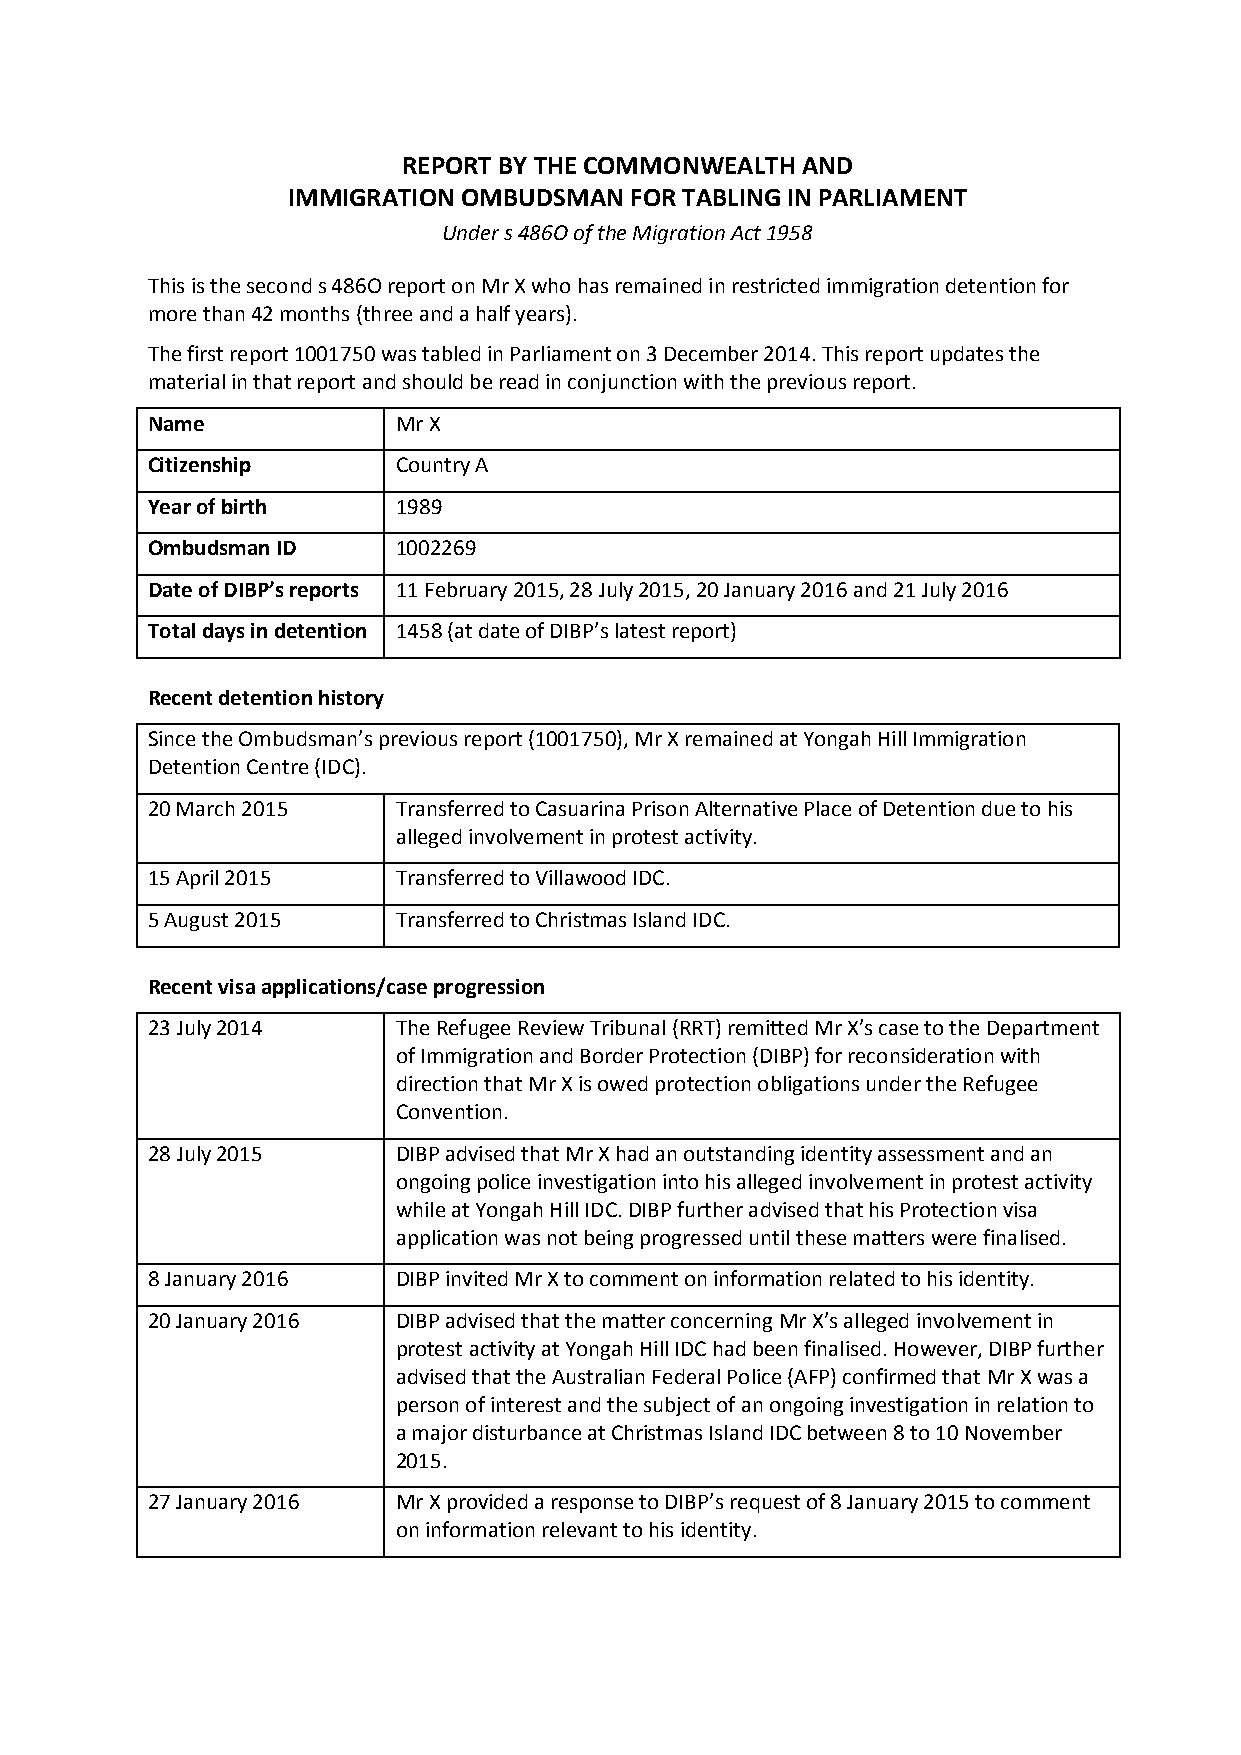
REPORT BY THE COMMONWEALTH AND
 IMMIGRATION OMBUDSMAN  FOR TABLING IN PARLIAMENT
 Under s 486O of the Migration Act 1958
 This is the second s 486O report on Mr X who has remained in restricted immigration detention for
 more than 42 months (three and a half years).
 The first report 1001750 was tabled in Parliament on 3 December 2014. This report updates the
 material in that report and should be read in conjunction with the previous report.
 Name            Mr X
 Citizenship     Country A
 Year of birth   1989
 Ombudsman ID    1002269
 Date of DIBP’s reports 11 February 2015, 28 July 2015, 20 January 2016 and 21 July 2016
 Total days in detention 1458 (at date of DIBP’s latest report)
 Recent detention history
 Since the Ombudsman’s previous report (1001750), Mr X remained at Yongah Hill Immigration
 Detention Centre (IDC).
 20 March 2015   Transferred to Casuarina Prison Alternative Place of Detention due to his
 alleged involvement in protest activity.
 15 April 2015   Transferred to Villawood IDC.
 5 August 2015   Transferred to Christmas Island IDC.
 Recent visa applications/case progression
 23 July 2014    The Refugee Review Tribunal (RRT) remitted Mr X’s case to the Department
 of Immigration and Border Protection (DIBP) for reconsideration with
 direction that Mr X is owed protection obligations under the Refugee
 Convention.
 28 July 2015    DIBP advised that Mr X had an outstanding identity assessment and an
 ongoing police investigation into his alleged involvement in protest activity
 while at Yongah Hill IDC. DIBP further advised that his Protection visa
 application was not being progressed until these matters were finalised.
 8 January 2016  DIBP invited Mr X to comment on information related to his identity.
 20 January 2016 DIBP advised that the matter concerning Mr X’s alleged involvement in
 protest activity at Yongah Hill IDC had been finalised. However, DIBP further
 advised that the Australian Federal Police (AFP) confirmed that Mr X was a
 person of interest and the subject of an ongoing investigation in relation to
 a major disturbance at Christmas Island IDC between 8 to 10 November
 2015.
 27 January 2016 Mr X provided a response to DIBP’s request of 8 January 2015 to comment
 on information relevant to his identity.